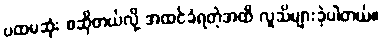
ပထမဆုံး စဆိုတယ်လို့ အထင်ခံရတဲ့အထိ လူသိများခဲ့ပါတယ်။